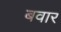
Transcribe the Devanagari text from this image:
बवार